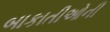
બાકાતીઓની